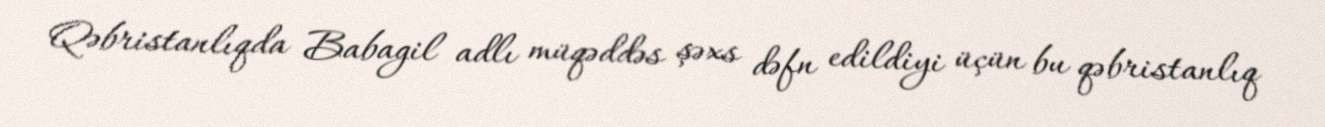
Qəbristanlıqda Babagil adlı müqəddəs şəxs dəfn edildiyi üçün bu qəbristanlıq